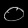
Digit: ၀